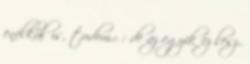
enélkül is, tudom.: : de az egyik ez lesz.